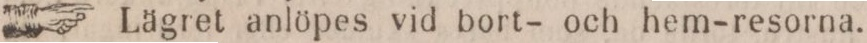
☞ Lägret anlöpes vid bort- och hem-resorna.